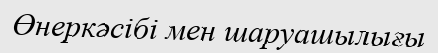
Өнеркәсібі мен шаруашылығы